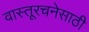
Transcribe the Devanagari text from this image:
वास्तूरचनेसाठी